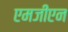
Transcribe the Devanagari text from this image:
एमजीएन